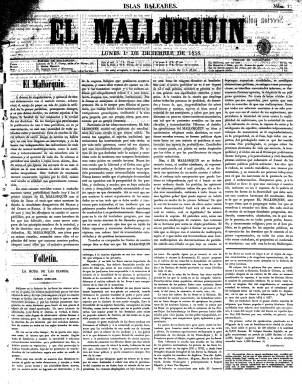
Título: El Mallorquín (Palma de Mallorca)
Otros títulos: Mallorquín, diario de Palma
Colección: Periódicos
Ámbito geográfico: Baleares
Lugar de publicación: Palma de Mallorca
Fechas: 01/12/1856-31/08/1861

Tras el cierre de las Cortes constituyentes del Bienio Progresista (1854-1856), el restablecimiento de la Constitución de 1845 y la asunción de la presidencia del Gobierno por parte del general Leopoldo O’Donell (1809-1867), fundador de la Unión Liberal, va a aparecer esta nueva cabecera el primero de diciembre de 1856, tras el vacío que dejan los diarios moderados El Balear (1848-1856), un vespertino que había cesado el 29 de noviembre, y Diario de Palma (1852-1856), que lo había hecho el día siguiente. Impreso y editado por Felipe Guasp, es considerado como heredero de la cabecera de la que se hiciera cargo esta familia de impresores y libreros en 1813 y viniera adoptando diversos títulos desde entonces.

El Mallorquín continuará, por tanto, como portavoz del liberalismo moderado balear, “partidario de las ideas conservadoras”, tal como indica en su editorial de presentación, resuelto a “sostener” el “trono”, abogar por el “exclusivo predominio” de la religión católica –“que profesaron nuestros mayores”, dice–, y “tratará de oponer un dique a las fantásticas utopías”, es decir, a las ideas del Partido Progresista y a cualquier otra a su izquierda. Aunque no se considera “órgano” de partido, será un periódico del “orden” establecido.

Aparecerá todos los días sin excepción, en un formato en folio de doble tamaño del ordinario, con cuatro páginas, compuestas a cuatro columnas. Según la clasificación de la época es “periódico político”, y tiene secciones Oficial (disposiciones), Política, Cortes, Noticias nacionales, Noticias extranjeras, Revista de periódicos, Correo de ayer (o de hoy), Variedades, Boletín Religioso, Boletín comercial, Espectáculos, Anuncios oficiales (órdenes de la Capitanía y del Gobierno militar), Anuncios particulares (ventas, alquileres, sirvientas) y Anuncios (publicidad comercial), que llegarán a ocupar completamente la cuarta plana. También tiene una sección de local, y al principio inserta un folletín en el faldón de su primera página.

Se le ha atribuido la dirección de El Mallorquín a Francisco Alcalde (1826-¿?) y además de éste, integraron su redacción Juan Corró Coll y Felipe Guasp Vicenç. Así mismo, publica Despachos particulares, procedentes de corresponsables en otras poblaciones de la isla. Es redactado íntegramente en castellano.

Sus entregas reinician la secuencia numérica cada año, y, tras la “intimidatoria” Ley Nocedal, de 13 de julio de 1857, por la que los delitos de imprenta superarán la veintena, a partir del 21 de agosto de ese año, El Mallorquín añade a su cabecera el subtítulo “diario de Palma”. El editor expresará que a partir de entonces el periódico saldría con un “carácter puramente científico y literario”, y aunque estas secciones recobran brío en sus entregas, no por ello desaparecen las restantes de carácter noticioso. Seguirá publicándose así hasta el 31 de agosto de 1861, habiendo sustituido Antonio Isern a Felipe Guasp como “editor responsable”. A partir del día siguiente otra cabecera aparecerá en su lugar, y con otros integrantes en su redacción, retoma el título Diario de Palma, que seguirá publicándose sin apenas ya variación hasta 1918.

Además del Diccionario de Bover (1862), referencia para este título es la de Joan Miralles i Montserrat (2007).